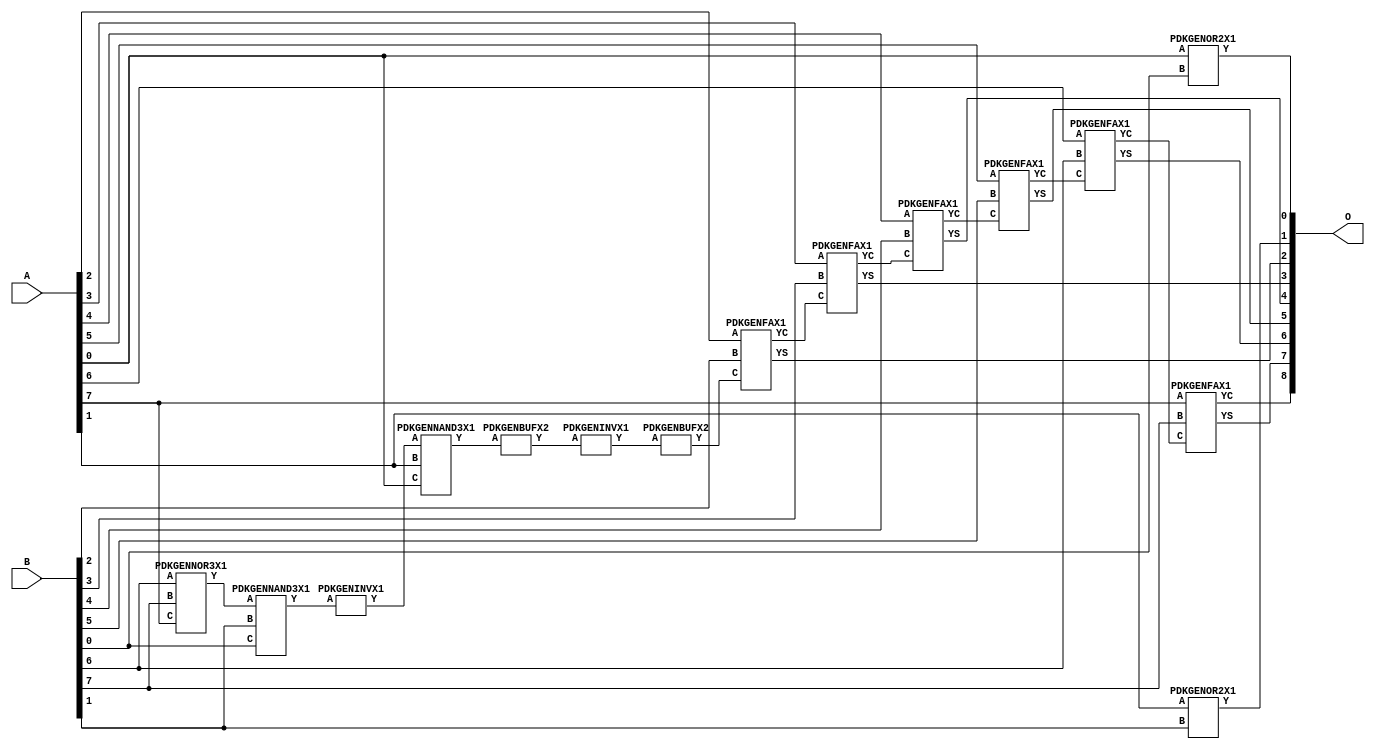
// Library = EvoApprox8b
// Circuit = add8_085
// Area   (180) = 1000
// Delay  (180) = 1.960
// Power  (180) = 266.60
// Area   (45) = 73
// Delay  (45) = 0.740
// Power  (45) = 26.21
// Nodes = 15
// HD = 88720
// MAE = 0.73438
// MSE = 1.43750
// MRE = 0.38 %
// WCE = 3
// WCRE = 50 %
// EP = 43.8 %

module add8_085(A, B, O);
  input [7:0] A;
  input [7:0] B;
  output [8:0] O;
  wire [2031:0] N;

  assign N[0] = A[0];
  assign N[1] = A[0];
  assign N[2] = A[1];
  assign N[3] = A[1];
  assign N[4] = A[2];
  assign N[5] = A[2];
  assign N[6] = A[3];
  assign N[7] = A[3];
  assign N[8] = A[4];
  assign N[9] = A[4];
  assign N[10] = A[5];
  assign N[11] = A[5];
  assign N[12] = A[6];
  assign N[13] = A[6];
  assign N[14] = A[7];
  assign N[15] = A[7];
  assign N[16] = B[0];
  assign N[17] = B[0];
  assign N[18] = B[1];
  assign N[19] = B[1];
  assign N[20] = B[2];
  assign N[21] = B[2];
  assign N[22] = B[3];
  assign N[23] = B[3];
  assign N[24] = B[4];
  assign N[25] = B[4];
  assign N[26] = B[5];
  assign N[27] = B[5];
  assign N[28] = B[6];
  assign N[29] = B[6];
  assign N[30] = B[7];
  assign N[31] = B[7];

  PDKGENOR2X1 n32(.A(N[0]), .B(N[16]), .Y(N[32]));
  PDKGENNOR3X1 n38(.A(N[28]), .B(N[30]), .C(N[14]), .Y(N[38]));
  PDKGENNAND3X1 n52(.A(N[38]), .B(N[18]), .C(N[16]), .Y(N[52]));
  PDKGENINVX1 n58(.A(N[52]), .Y(N[58]));
  assign N[59] = N[58];
  PDKGENNAND3X1 n62(.A(N[59]), .B(N[2]), .C(N[0]), .Y(N[62]));
  PDKGENOR2X1 n82(.A(N[2]), .B(N[18]), .Y(N[82]));
  assign N[83] = N[82];
  PDKGENBUFX2 n104(.A(N[62]), .Y(N[104]));
  assign N[105] = N[104];
  PDKGENINVX1 n126(.A(N[105]), .Y(N[126]));
  assign N[127] = N[126];
  PDKGENBUFX2 n130(.A(N[127]), .Y(N[130]));
  assign N[131] = N[130];
  PDKGENFAX1 n132(.A(N[4]), .B(N[20]), .C(N[131]), .YS(N[132]), .YC(N[133]));
  PDKGENFAX1 n182(.A(N[6]), .B(N[22]), .C(N[133]), .YS(N[182]), .YC(N[183]));
  PDKGENFAX1 n232(.A(N[8]), .B(N[24]), .C(N[183]), .YS(N[232]), .YC(N[233]));
  PDKGENFAX1 n282(.A(N[10]), .B(N[26]), .C(N[233]), .YS(N[282]), .YC(N[283]));
  PDKGENFAX1 n332(.A(N[12]), .B(N[28]), .C(N[283]), .YS(N[332]), .YC(N[333]));
  PDKGENFAX1 n382(.A(N[14]), .B(N[30]), .C(N[333]), .YS(N[382]), .YC(N[383]));

  assign O[0] = N[32];
  assign O[1] = N[83];
  assign O[2] = N[132];
  assign O[3] = N[182];
  assign O[4] = N[232];
  assign O[5] = N[282];
  assign O[6] = N[332];
  assign O[7] = N[382];
  assign O[8] = N[383];

endmodule
/* mod */
module PDKGENNAND3X1(input A, input B, input C, output Y );
     assign Y = ~((A & B) & C);
endmodule
/* mod */
module PDKGENOR2X1(input A, input B, output Y );
     assign Y = A | B;
endmodule
/* mod */
module PDKGENINVX1(input A, output Y );
     assign Y = ~A;
endmodule
/* mod */
module PDKGENFAX1( input A, input B, input C, output YS, output YC );
    assign YS = (A ^ B) ^ C;
    assign YC = (A & B) | (B & C) | (A & C);
endmodule
/* mod */
module PDKGENNOR3X1(input A, input B, input C, output Y );
     assign Y = ~((A | B) | C);
endmodule
/* mod */
module PDKGENBUFX2(input A, output Y );
     assign Y = A;
endmodule